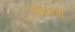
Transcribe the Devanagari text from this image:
जीवाणा